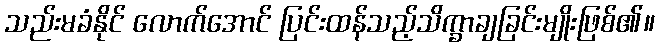
သည်းမခံနိုင် လောက်အောင် ပြင်းထန်သည့်သိက္ခာချခြင်းမျိုးဖြစ်၏။